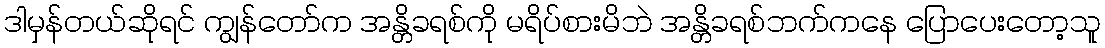
ဒါမှန်တယ်ဆိုရင် ကျွန်တော်က အန္တိခရစ်ကို မရိပ်စားမိဘဲ အန္တိခရစ်ဘက်ကနေ ပြောပေးတော့သူ